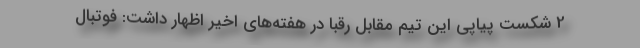
2 شکست پیاپی این تیم مقابل رقبا در هفته‌های اخیر اظهار داشت: فوتبال